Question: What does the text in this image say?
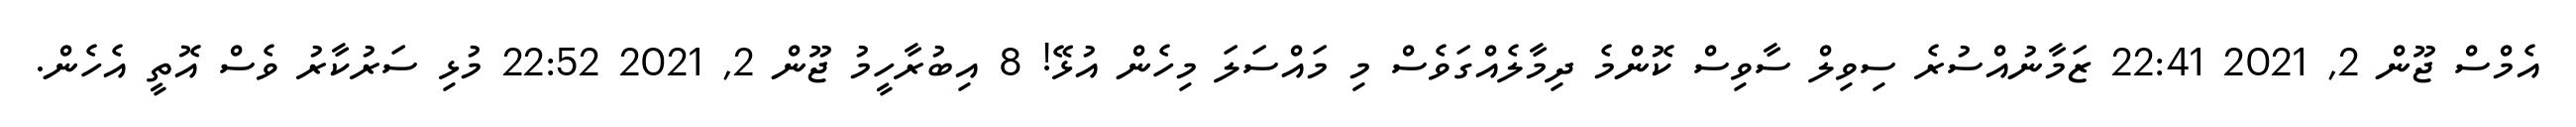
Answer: އެމްސް ޖޫން 2, 2021 22:41 ޒަމާނުއްސުރެ ސިވިލް ސާވިސް ކޮންމެ ދިމާލެއްގަވެސް މި މައްސަލަ މިހެން އުޅޭ! 8 އިބުރާހީމު ޖޫން 2, 2021 22:52 މުޅި ސަރުކާރު ވެސް އޮތީ އެހެން.